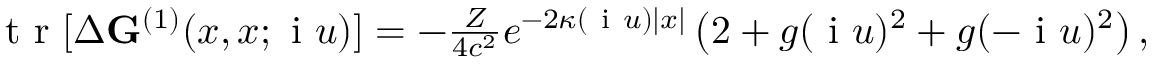
\begin{array} { r } { \mathrm { ~ t ~ r ~ } [ \Delta \ensuremath { \mathbf { G } } ^ { ( 1 ) } ( x , x ; \ensuremath { \mathrm { ~ i ~ } } u ) ] = - \frac { Z } { 4 c ^ { 2 } } e ^ { - 2 \kappa ( \ensuremath { \mathrm { ~ i ~ } } u ) | x | } \left( 2 + g ( \ensuremath { \mathrm { ~ i ~ } } u ) ^ { 2 } + g ( - \ensuremath { \mathrm { ~ i ~ } } u ) ^ { 2 } \right) , } \end{array}